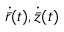
\dot { \bar { r } } ( t ) , \dot { \bar { z } } ( t )